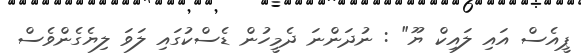
ޕީއެސް އައި ލައިކް ޔޫ" : ނުދަންނަ ދެމީހުން ޑެސްކުގައި ލަވަ ލިޔެގެންވެސް